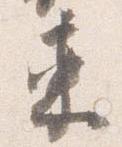
束